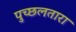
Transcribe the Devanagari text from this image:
पुच्छलतारा